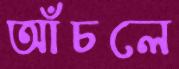
আঁচলে